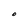
Character: O